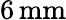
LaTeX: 6\, \textrm{mm}